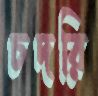
চদরি